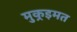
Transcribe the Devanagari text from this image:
मुकर्‍इमत